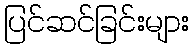
ပြင်ဆင်ခြင်းများ